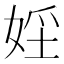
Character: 𡝇